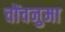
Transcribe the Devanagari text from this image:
चोंचनुमा